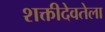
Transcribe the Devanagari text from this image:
शक्तीदेवतेला